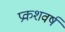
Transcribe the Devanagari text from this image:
प्रकशवर्ष